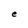
Character: e